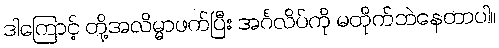
ဒါကြောင့် တို့အလိမ္မာဖက်ပြီး အင်္ဂလိပ်ကို မတိုက်ဘဲနေတာပါ။